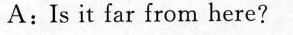
A:Is it far from here?